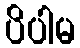
ပိပါမ